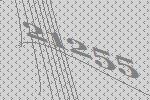
21255